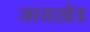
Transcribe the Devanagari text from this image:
जायखेड